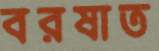
বরষাত